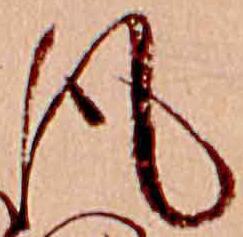
風